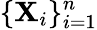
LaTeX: \{ \mathbf{X}_{i}\} _{i=1}^{n}